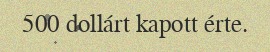
500 dollárt kapott érte.